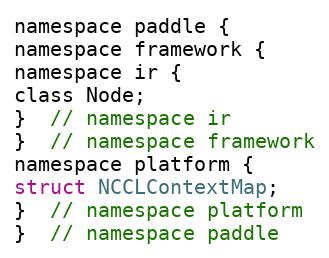
Language: C
namespace paddle {
namespace framework {
namespace ir {
class Node;
}  // namespace ir
}  // namespace framework
namespace platform {
struct NCCLContextMap;
}  // namespace platform
}  // namespace paddle